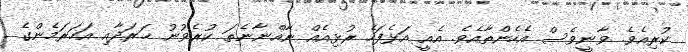
ކުރިއެވެ. ވާނީވެސް އެހެންތާއެވެ. އެއީ އަޅެފަހެ ރުޅިއެއް ނާއްނާނެތަ ކުރެވުނު ޚަރަދާއި އަހަރަމެންގެ